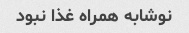
نوشابه همراه غذا نبود